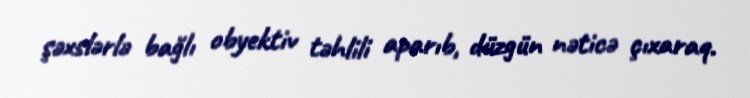
şəxslərlə bağlı obyektiv təhlili aparıb, düzgün nəticə çıxaraq.